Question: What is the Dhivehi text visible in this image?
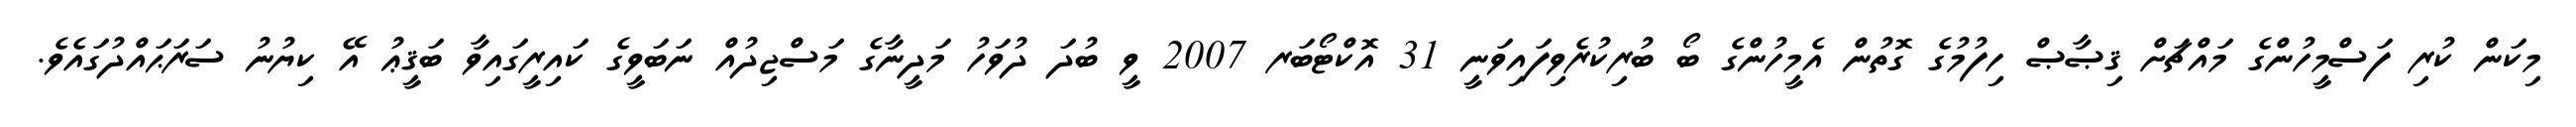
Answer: މިކަން ކުރި ފަސްމީހުންގެ މައްޗަށް ޤިޞާޞް ހިފުމުގެ ގޮތުން އެމީހުންގެ ބޯ ބުރިކުރެވިފައިވަނީ 31 އޮކްޓޯބަރ 2007 ވީ ބުދަ ދުވަހު މަދީނާގެ މަސްޖިދުއް ނަބަވީގެ ކައިރީގައިވާ ބަޤީޢު އޭ ކިޔުނު ސަރަޙައްދުގައެވެ.